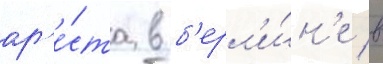
ар'е́ста в б'ерл'и́н'е в